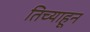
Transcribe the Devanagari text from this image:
तिच्याहून